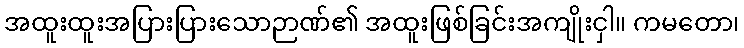
အထူးထူးအပြားပြားသောဉာဏ်၏ အထူးဖြစ်ခြင်းအကျိုးငှါ။ ကမတော၊